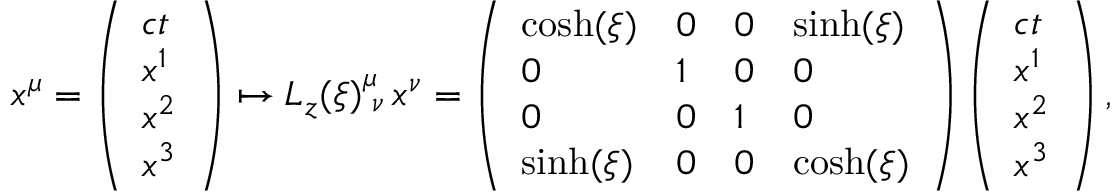
\begin{array} { r } { x ^ { \mu } = \left( \begin{array} { l } { c t } \\ { x ^ { 1 } } \\ { x ^ { 2 } } \\ { x ^ { 3 } } \end{array} \right) \mapsto L _ { z } ( \xi ) _ { \; \nu } ^ { \mu } \, x ^ { \nu } = \left( \begin{array} { l l l l } { \cosh ( \xi ) } & { 0 } & { 0 } & { \sinh ( \xi ) } \\ { 0 } & { 1 } & { 0 } & { 0 } \\ { 0 } & { 0 } & { 1 } & { 0 } \\ { \sinh ( \xi ) } & { 0 } & { 0 } & { \cosh ( \xi ) } \end{array} \right) \left( \begin{array} { l } { c t } \\ { x ^ { 1 } } \\ { x ^ { 2 } } \\ { x ^ { 3 } } \end{array} \right) , } \end{array}